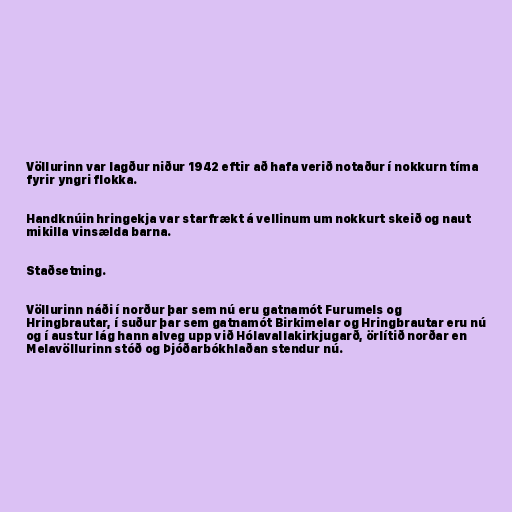
Völlurinn var lagður niður 1942 eftir að hafa verið notaður í nokkurn tíma
fyrir yngri flokka.

Handknúin hringekja var starfrækt á vellinum um nokkurt skeið og naut
mikilla vinsælda barna.

Staðsetning.

Völlurinn náði í norður þar sem nú eru gatnamót Furumels og
Hringbrautar, í suður þar sem gatnamót Birkimelar og Hringbrautar eru nú
og í austur lág hann alveg upp við Hólavallakirkjugarð, örlítið norðar en
Melavöllurinn stóð og Þjóðarbókhlaðan stendur nú.